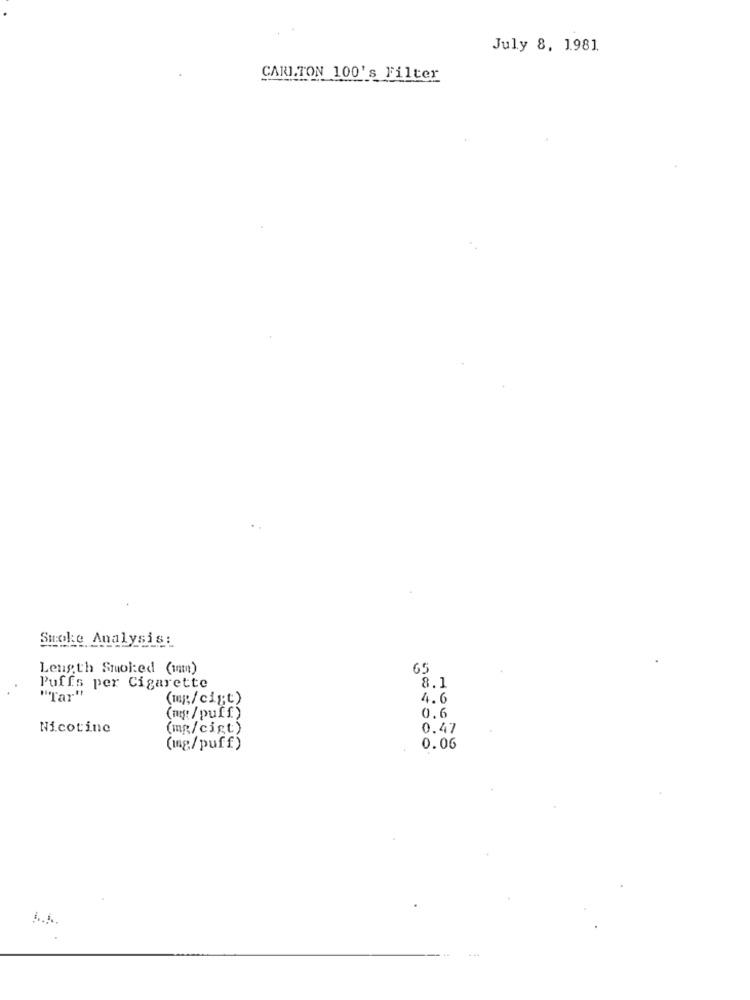
July 8, 1981
CARLTON 100's Filter
Smoke Analysis:
Length Smol:ed (im)
65
8.1
Puffs per Cigarette
"Tar"
(mg/cig;t)
4.6
(mg: / puff)
0.6
Nicotine
(mg/cigt)
0.47
(mg/puff)
0.06